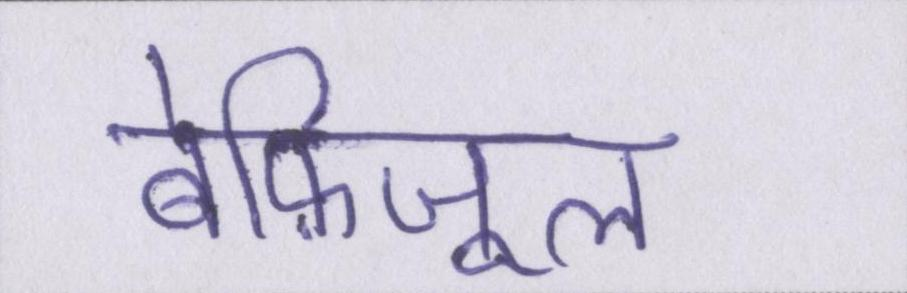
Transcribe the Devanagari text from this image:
बेफ़िजूल